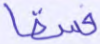
فسقا